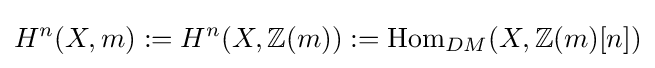
H^{n}(X,m):=H^{n}(X,\mathbb {Z} (m)):=\operatorname {Hom} _{DM}(X,\mathbb {Z} (m)[n])